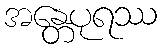
အန္တေပုရဿ